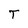
Character: T